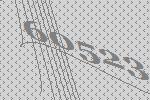
60523